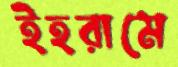
ইহরামে